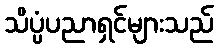
သိပ္ပံပညာရှင်များသည်